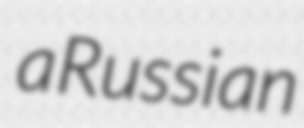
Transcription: a Russian